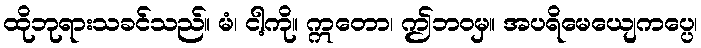
ထိုဘုရားသခင်သည်။ မံ၊ ငါ့ကို။ ဣတော၊ ဤဘဝမှ။ အပရိမေယျေကပ္ပေ၊